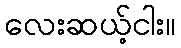
လေးဆယ့်ငါး။